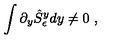
\int \partial _ { y } \hat { S } _ { \epsilon } ^ { y } d y \ne 0 \ ,